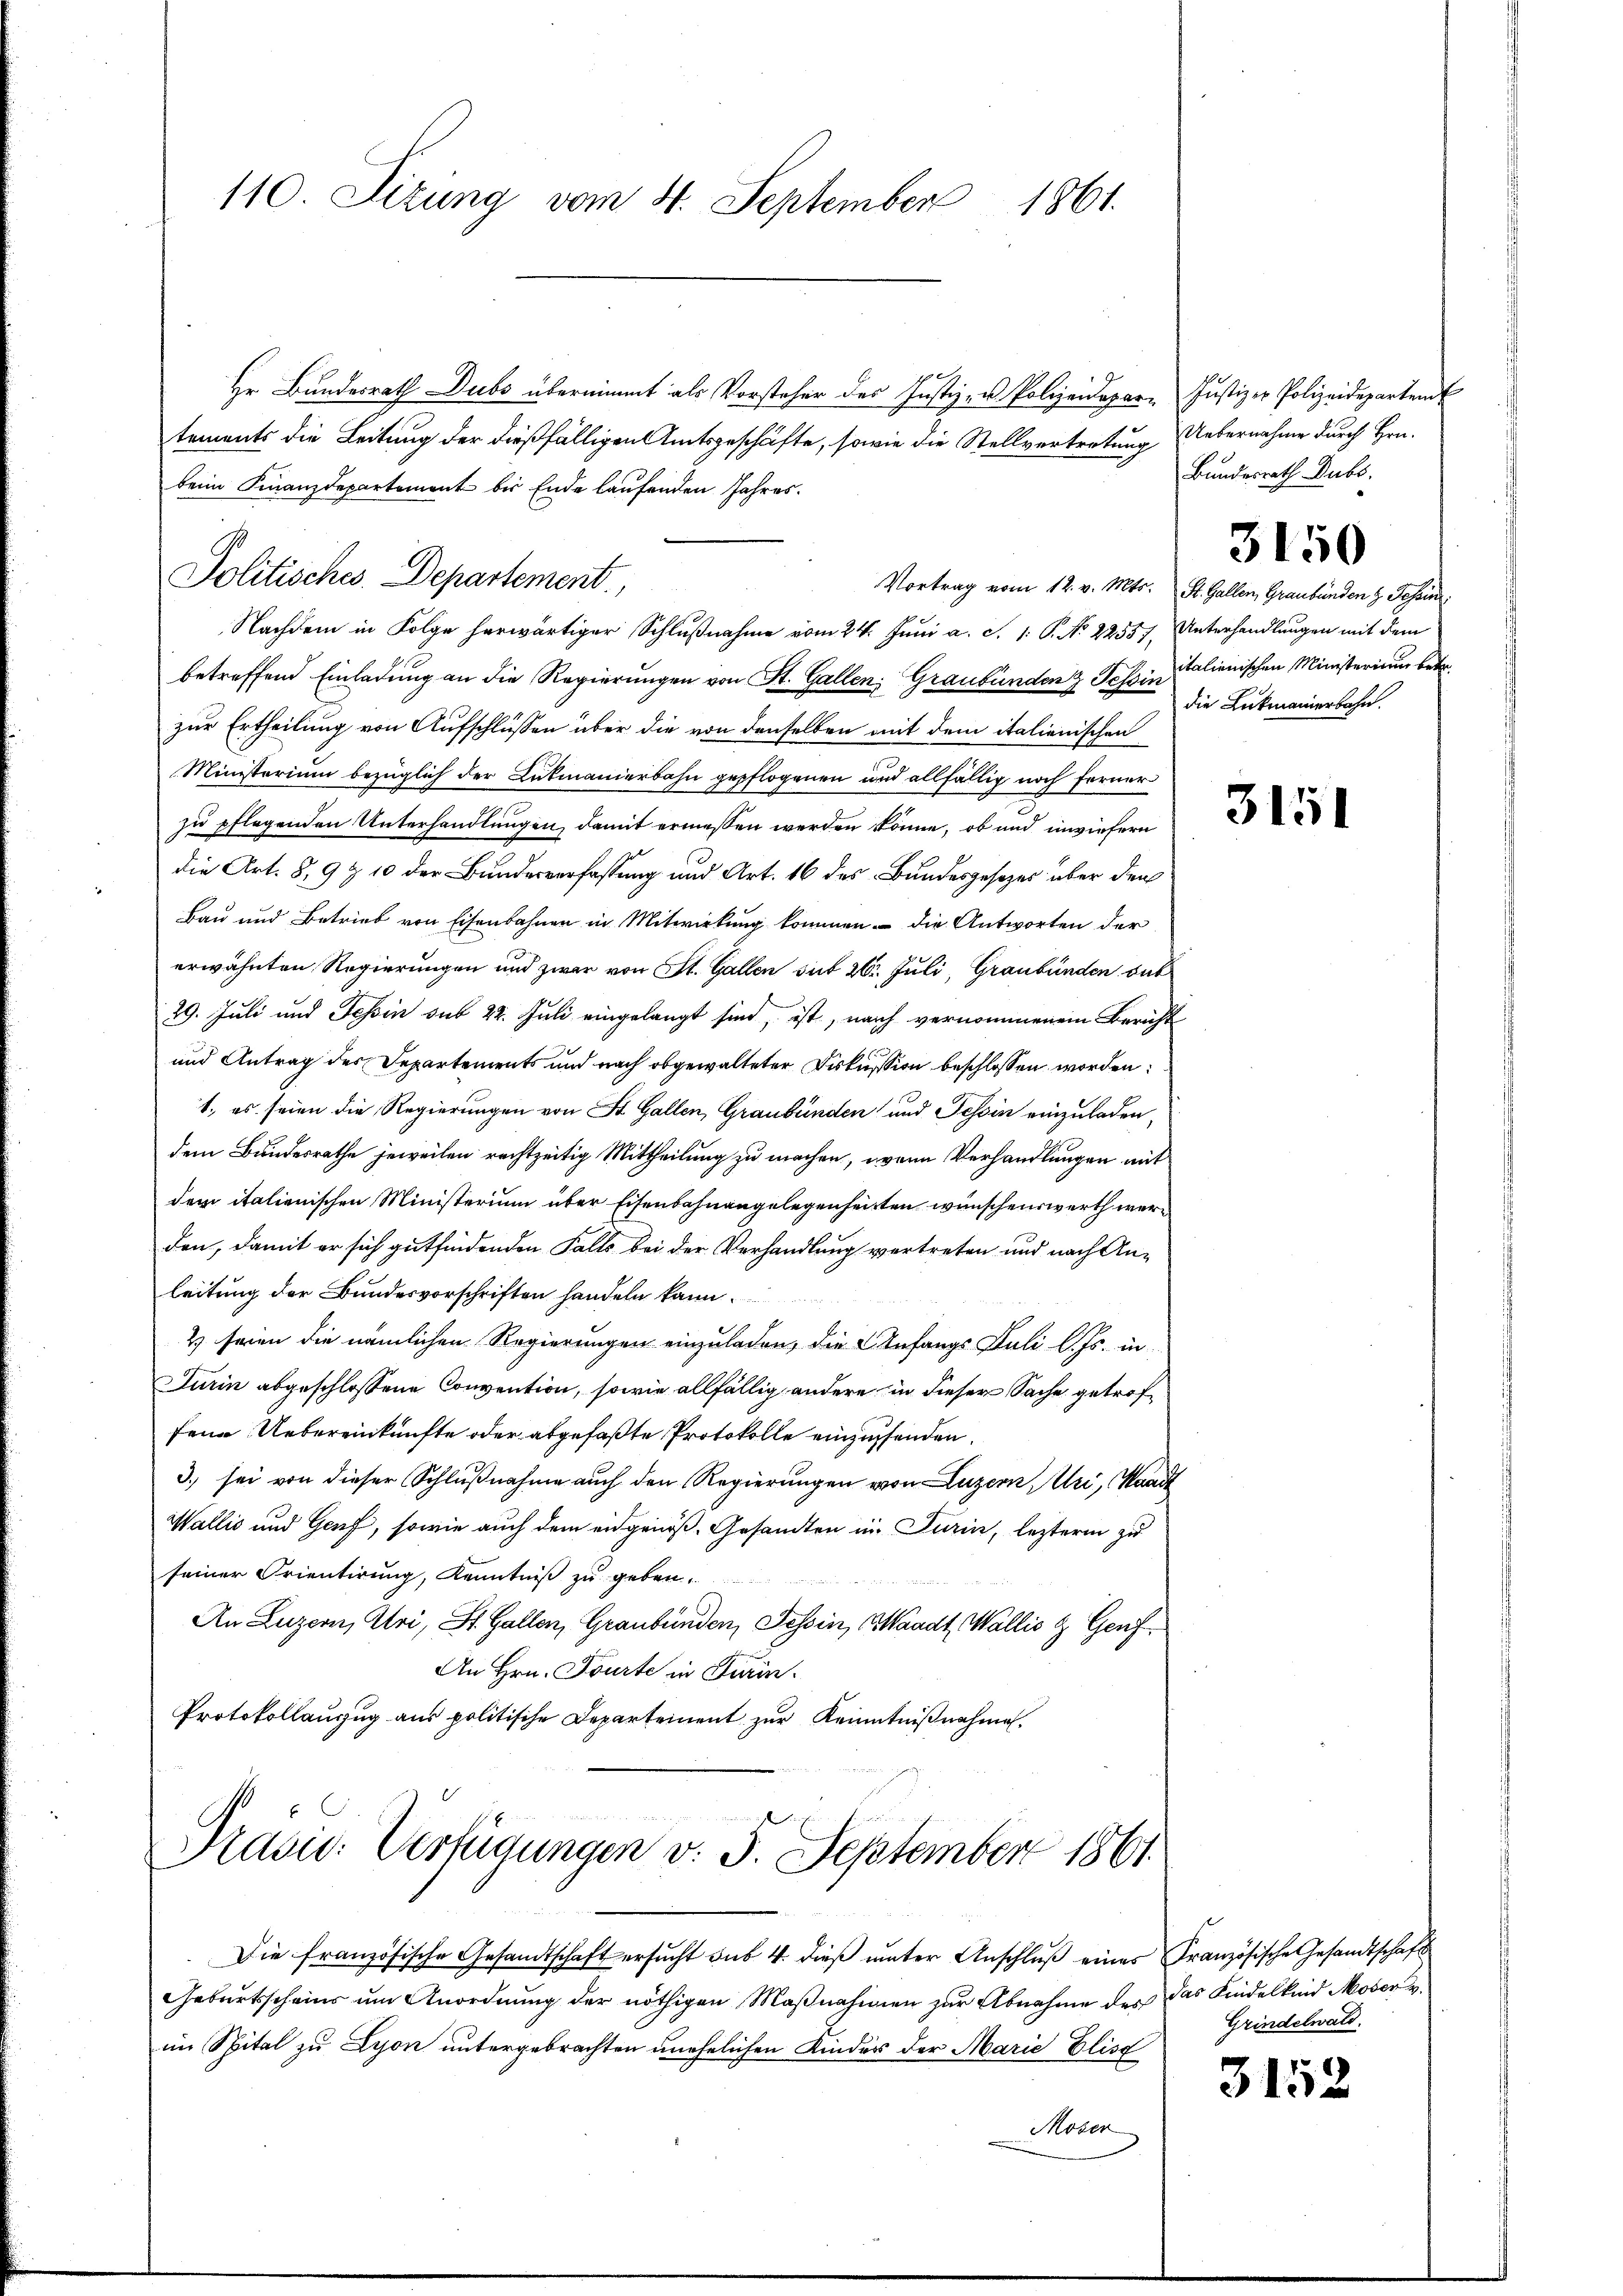
110. Sizung vom 4. September 1861.

Hr. Bundesrath Dubs übernimmt als Vorsteher des Justiz- u. Polizeidepar-
tements die Leitung der dießfälligen Amtsgeschäfte, sowie die Stellvertretung Uebernahme durch Hrn.
beim Finanzdepartement bis Ende laufenden Jahres.
Nachdem in Folge herwärtiger Schlußnahme vom 24. Juni a. c. 1: P. No 22557, Unterhandlungen mit dem
betreffend Einladung an die Regierungen von St. Gallen: Graubünden Tessin alienischen Ministerium betr.
zur Ertheilung von Aufschlüssen über die von denselben mit dem italienischen
Ministerium bezüglich der Lukmanierbahn gepflogenen und allfällig noch ferner
zu pflegenden Unterhandlungen, damit ermessen werden könne, ob und inwiefern
die Art. 8, 9 & 10 der Bundesverfassung und Art. 16 des Bundesgesetzes über den
Bau und Betrieb von Eisenbahnen in Mitwirkung kommen – die Antworten der
erwähnten Regierungen und zwar von St. Gallen sub 26. Juli, Graubünden das
29. Juli und Tessin sub 22. Juli eingelangt sind, ist, nach vernommenem Bericht
und Antrag des Departements und nach obgewalteter Diskussion beschlossen worden:
1., es seien die Regierungen von St. Gallen, Graubünden und Tessin einzuladen,
dem Bundesrathe jeweilen rechtzeitig Mittheilung zu machen, wenn Verhandlungen mit
dem italienischen Ministerium über Eisenbahnangelegenheitten wünschenswerth werd
den, damit er sich gutfindenden Falls bei der Verhandlung vertreten und nach An-
leitung der Bundesvorschriften handeln kann.
2 seien die nämlichen Regierungen einzuladen, die Anfangs Juli l. Js. in
Turin abgeschlossene Convention, sowie allfällig andere in dieser Sache getroffene Uebereinkünfte oder abgefaßte Protokolle einzupfenden.
3) sei von dieser Schlußnahme auch den Regierungen von Luzern, Uri, Standt
Wallis und Genf, sowie auch dem eidgenoß Gesandten in Turin, lezterm zu
seiner Orientirung, Kenntniß zu geben.
An Luzern, Uri, St. Gallen, Graubünden, Tessin, Waadt, Wallis & Genf
An Hrn. Tourte in Turin¬
Protokollauzug aus politische Departement zur Kenntnißnahmen.
Präsid. Verfügungen v. 5. September 1861.
Die französische Gesandtschaft ersŭcht sub 4. dieβ ŭnter Anschlŭβ eines Französische Gesandtschaft
Geburtsscheins um Anordnung der nöthigen Maβnahmen zur Abnahme des das Kindelkind Moser v.
im Spital zu Lyon untergebrachten unehelichen Kinder der Marie Elisc
Mozen

Politisches Departement,

Justiz er Polizeidepartend
Bundesrath Dubs,

Vortrag vom 12. v. Mts. St. Gallen, Graubünden z. Tessin
die Lukmannerbahn.

3150

3151

Grindelwald.

3152